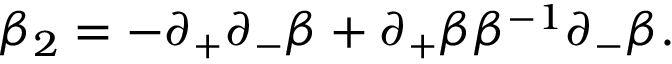
\beta _ { 2 } = - \partial _ { + } \partial _ { - } \beta + \partial _ { + } \beta \beta ^ { - 1 } \partial _ { - } \beta .